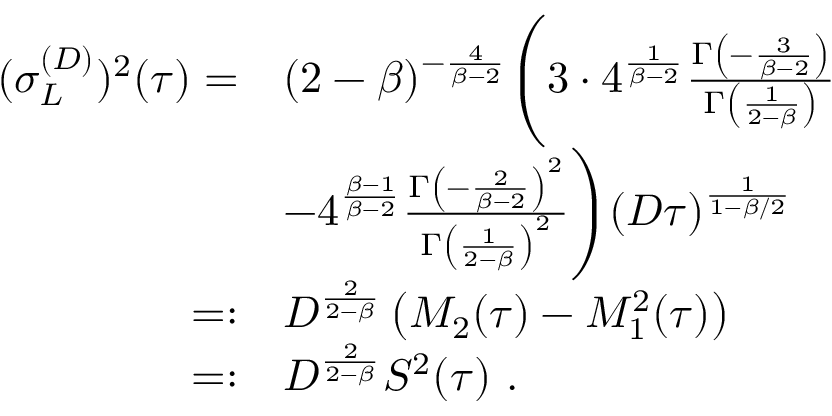
\begin{array} { r l } { ( \sigma _ { L } ^ { ( D ) } ) ^ { 2 } ( \tau ) = } & { ( 2 - \beta ) ^ { - \frac { 4 } { \beta - 2 } } \Bigg ( 3 \cdot 4 ^ { \frac { 1 } { \beta - 2 } } \frac { \Gamma \left( - \frac { 3 } { \beta - 2 } \right) } { \Gamma \left( \frac { 1 } { 2 - \beta } \right) } } \\ & { - 4 ^ { \frac { \beta - 1 } { \beta - 2 } } \frac { \Gamma \left( - \frac { 2 } { \beta - 2 } \right) ^ { 2 } } { \Gamma \left( \frac { 1 } { 2 - \beta } \right) ^ { 2 } } \Bigg ) ( D \tau ) ^ { \frac { 1 } { 1 - \beta / 2 } } } \\ { = : } & { D ^ { \frac { 2 } { 2 - \beta } } \left( M _ { 2 } ( \tau ) - M _ { 1 } ^ { 2 } ( \tau ) \right) } \\ { = : } & { D ^ { \frac { 2 } { 2 - \beta } } S ^ { 2 } ( \tau ) \ . } \end{array}